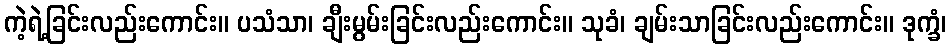
ကဲ့ရဲ့ခြင်းလည်းကောင်း။ ပသံသာ၊ ချီးမွမ်းခြင်းလည်းကောင်း။ သုခံ၊ ချမ်းသာခြင်းလည်းကောင်း။ ဒုက္ခံ၊